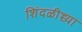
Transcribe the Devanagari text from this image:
शिंदळीच्च्या